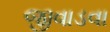
જીવાડવા